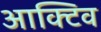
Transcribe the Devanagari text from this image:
आक्टिव